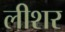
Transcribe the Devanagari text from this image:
लीशर